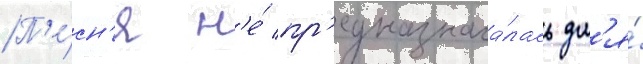
П'е́сн'я н'е́ пр'едназнача́лась дл'я́